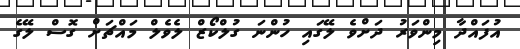
އުފައްދާ މިންވަރު ދަށްވެ ލޭގައި ހުންނަ ގުލްކޯޒް ލެވެލް މައްޗަށް ގޮސް ލޭގެ